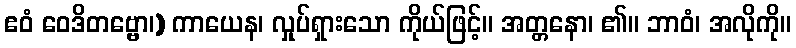
ဧဝံ ဝေဒိတဗ္ဗော၊) ကာယေန၊ လှုပ်ရှားသော ကိုယ်ဖြင့်။ အတ္တနော၊ ၏။ ဘာဝံ၊ အလိုကို။